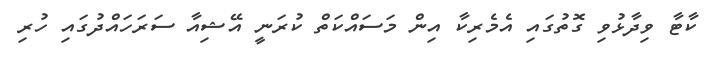
ކާޓާ ވިދާޅުވި ގޮތުގައި އެމެރިކާ އިން މަސައްކަތް ކުރަނީ އޭޝިއާ ސަރަހައްދުގައި ހުރި